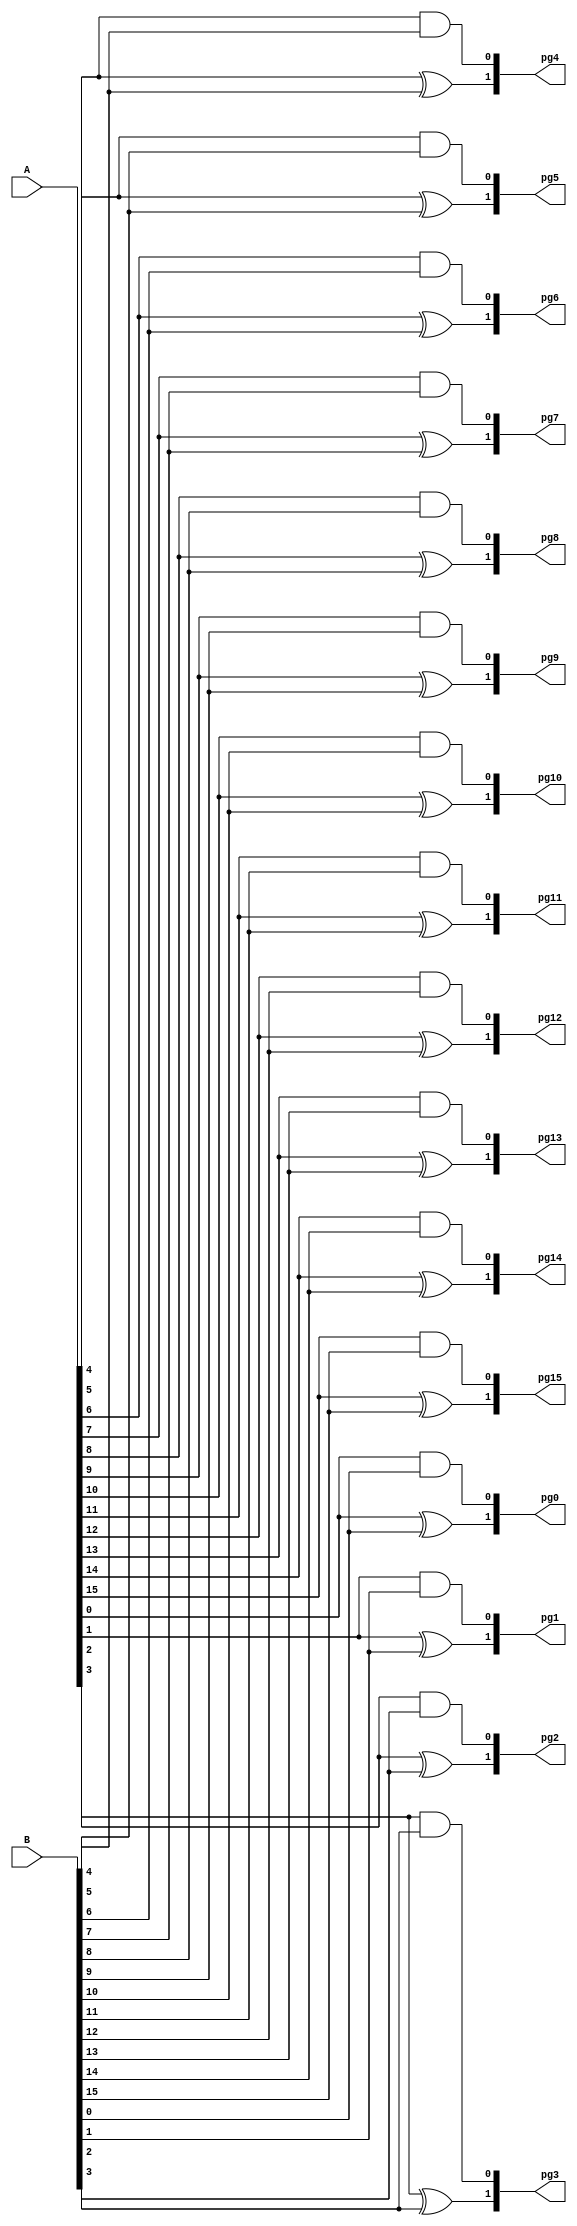
module generatePG (
    input [15:0] A,B,
    output [1:0] pg0, pg1, pg2, pg3, pg4, pg5, pg6, pg7, pg8, pg9, pg10, pg11, pg12, pg13, pg14, pg15
);

assign pg0 = {(A[0] ^ B[0]), (A[0] & B[0])};
assign pg1 = {(A[1] ^ B[1]), (A[1] & B[1])};
assign pg2 = {(A[2] ^ B[2]), (A[2] & B[2])};
assign pg3 = {(A[3] ^ B[3]), (A[3] & B[3])};
assign pg4 = {(A[4] ^ B[4]), (A[4] & B[4])};
assign pg5 = {(A[5] ^ B[5]), (A[5] & B[5])};
assign pg6 = {(A[6] ^ B[6]), (A[6] & B[6])};
assign pg7 = {(A[7] ^ B[7]), (A[7] & B[7])};
assign pg8 = {(A[8] ^ B[8]), (A[8] & B[8])};
assign pg9 = {(A[9] ^ B[9]), (A[9] & B[9])};
assign pg10 = {(A[10] ^ B[10]), (A[10] & B[10])};
assign pg11 = {(A[11] ^ B[11]), (A[11] & B[11])};
assign pg12 = {(A[12] ^ B[12]), (A[12] & B[12])};
assign pg13 = {(A[13] ^ B[13]), (A[13] & B[13])};
assign pg14 = {(A[14] ^ B[14]), (A[14] & B[14])};
assign pg15 = {(A[15] ^ B[15]), (A[15] & B[15])};

endmodule